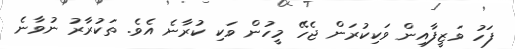
ފަހު ވަޒީފާއިން ވަކިކުރަން ޖެހޭ މީހުން ވަކި ކުރާނެ އެވެ. ތަކުރާރު ނުވާނެ